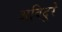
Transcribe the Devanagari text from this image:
अविदूरे